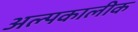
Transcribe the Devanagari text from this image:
अल्पकालीक